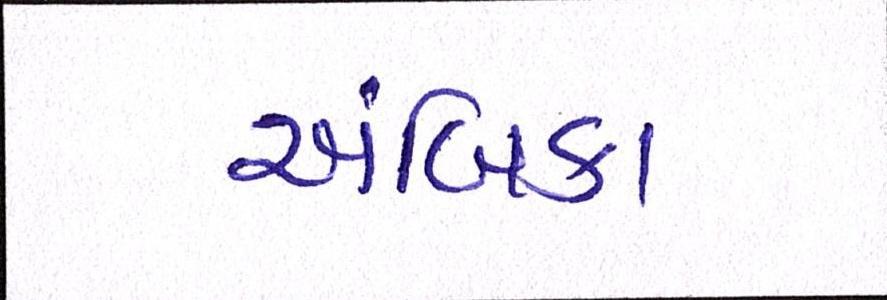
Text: અંબિકા